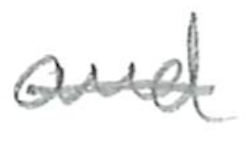
Text: and
Cross-out: single-line
Writing tool: pencil